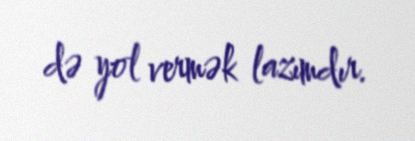
də yol vermək lazımdır.